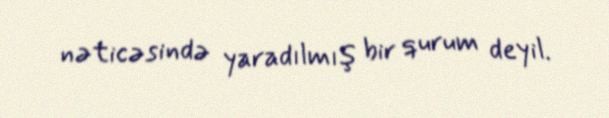
nəticəsində yaradılmış bir qurum deyil.